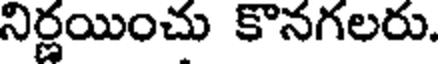
నిర్ణయించు కొనగలరు.